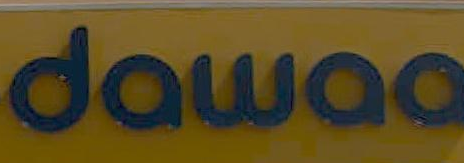
dawaa